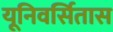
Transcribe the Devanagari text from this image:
यूनिवर्सितास